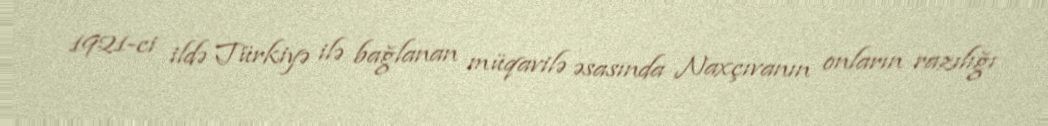
1921-ci ildə Türkiyə ilə bağlanan müqavilə əsasında Naxçıvanın onların razılığı